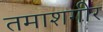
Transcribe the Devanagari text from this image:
तमाशगीर